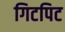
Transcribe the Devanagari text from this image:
गिटपिट